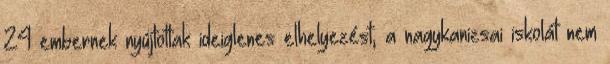
24 embernek nyújtottak ideiglenes elhelyezést, a nagykanizsai iskolát nem